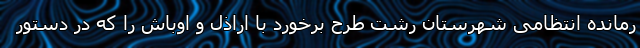
رمانده انتظامی شهرستان رشت طرح برخورد با اراذل و اوباش را که در دستور